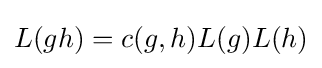
L(gh)=c(g,h)L(g)L(h)